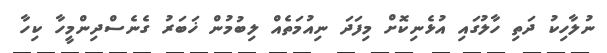
ނުލާހިކު ދަތި ހާލުގައި އުޅެނިކޮށް މިފަދަ ނިއުމަތެއް ލިބުމުން ޚަބަރު ގެނެސްދިންމީހާ ކިހާ